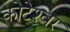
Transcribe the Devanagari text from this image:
कोटेश्‍वर